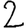
Digit: 2